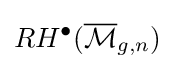
RH^{\bullet }({\overline {\mathcal {M}}}_{g,n})